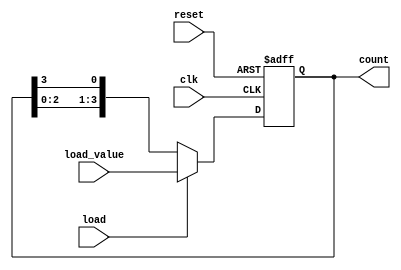
module LoadableRingCounter (
    input wire clk,             // Clock input
    input wire reset,           // Asynchronous reset input
    input wire load,            // Load input signal
    input wire [N-1:0] load_value, // Value to load into the counter
    output reg [N-1:0] count   // Counter output
);
    parameter N = 4; // Number of bits in the counter (adjust as needed)

    always @(posedge clk or posedge reset) begin
        if (reset) begin
            // Asynchronous reset
            count <= 0;
            count[0] <= 1; // Initialize the first bit to 1
        end else if (load) begin
            // Load the counter with the provided load_value
            count <= load_value;
        end else begin
            // Shift the '1' bit in a ring fashion
            count <= {count[N-2:0], count[N-1]}; // Shift left and wrap around
        end
    end
endmodule